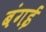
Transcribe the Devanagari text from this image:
बंगई